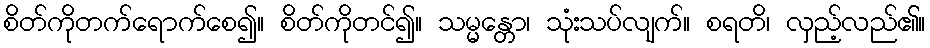
စိတ်ကိုတက်ရောက်စေ၍။ စိတ်ကိုတင်၍။ သမ္မန္တော၊ သုံးသပ်လျက်။ စရတိ၊ လှည့်လည်၏။